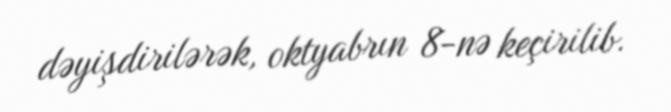
dəyişdirilərək, oktyabrın 8-nə keçirilib.